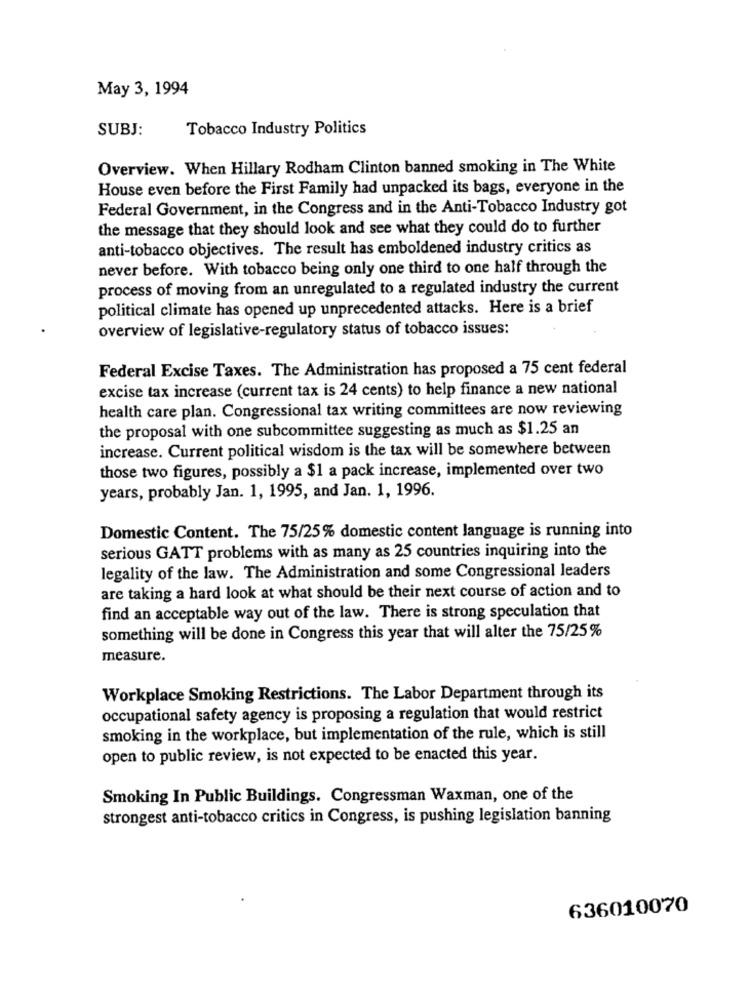
May 3, 1994
SUBJ:
Tobacco Industry Politics
Overview. When Hillary Rodham Clinton banned smoking in The White
House even before the First Family had unpacked its bags, everyone in the
Federal Government, in the Congress and in the Anti-Tobacco Industry got
the message that they should look and see what they could do to further
anti-tobacco objectives. The result has emboldened industry critics as
never before. With tobacco being only one third to one half through the
process of moving from an unregulated to a regulated industry the current
political climate has opened up unprecedented attacks. Here is a brief
overview of legislative-regulatory status of tobacco issues:
Federal Excise Taxes. The Administration has proposed a 75 cent federal
excise tax increase (current tax is 24 cents) to help finance a new national
health care plan. Congressional tax writing committees are now reviewing
the proposal with one subcommittee suggesting as much as $1.25 an
increase. Current political wisdom is the tax will be somewhere between
those two figures, possibly a $1 a pack increase, implemented over two
years, probably Jan. 1, 1995, and Jan. 1, 1996.
Domestic Content. The 75/25% domestic content language is running into
serious GATT problems with as many as 25 countries inquiring into the
legality of the law. The Administration and some Congressional leaders
are taking a hard look at what should be their next course of action and to
find an acceptable way out of the law. There is strong speculation that
something will be done in Congress this year that will alter the 75/25%
measure.
Workplace Smoking Restrictions. The Labor Department through its
occupational safety agency is proposing a regulation that would restrict
smoking in the workplace, but implementation of the rule, which is still
open to public review, is not expected to be enacted this year.
Smoking In Public Buildings. Congressman Waxman, one of the
strongest anti-tobacco critics in Congress, is pushing legislation banning
636010070